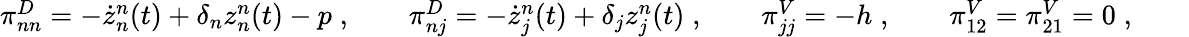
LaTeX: \begin{array}{r}{\pi_{nn}^{D}=-\dot{z}_{n}^{n}(t)+\delta_{n}z_{n}^{n}(t)-p\; ,\quad\quad\pi_{nj}^{D}=-\dot{z}_{j}^{n}(t)+\delta_{j}z_{j}^{n}(t)\; ,\quad\quad\pi_{jj}^{V}=-h\; ,\quad\quad\pi_{12}^{V}=\pi_{21}^{V}=0\; ,\quad\quad}\end{array}